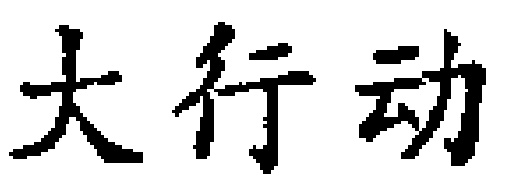
大行动